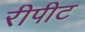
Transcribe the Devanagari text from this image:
रीपीट